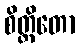
စိတ္တိတော